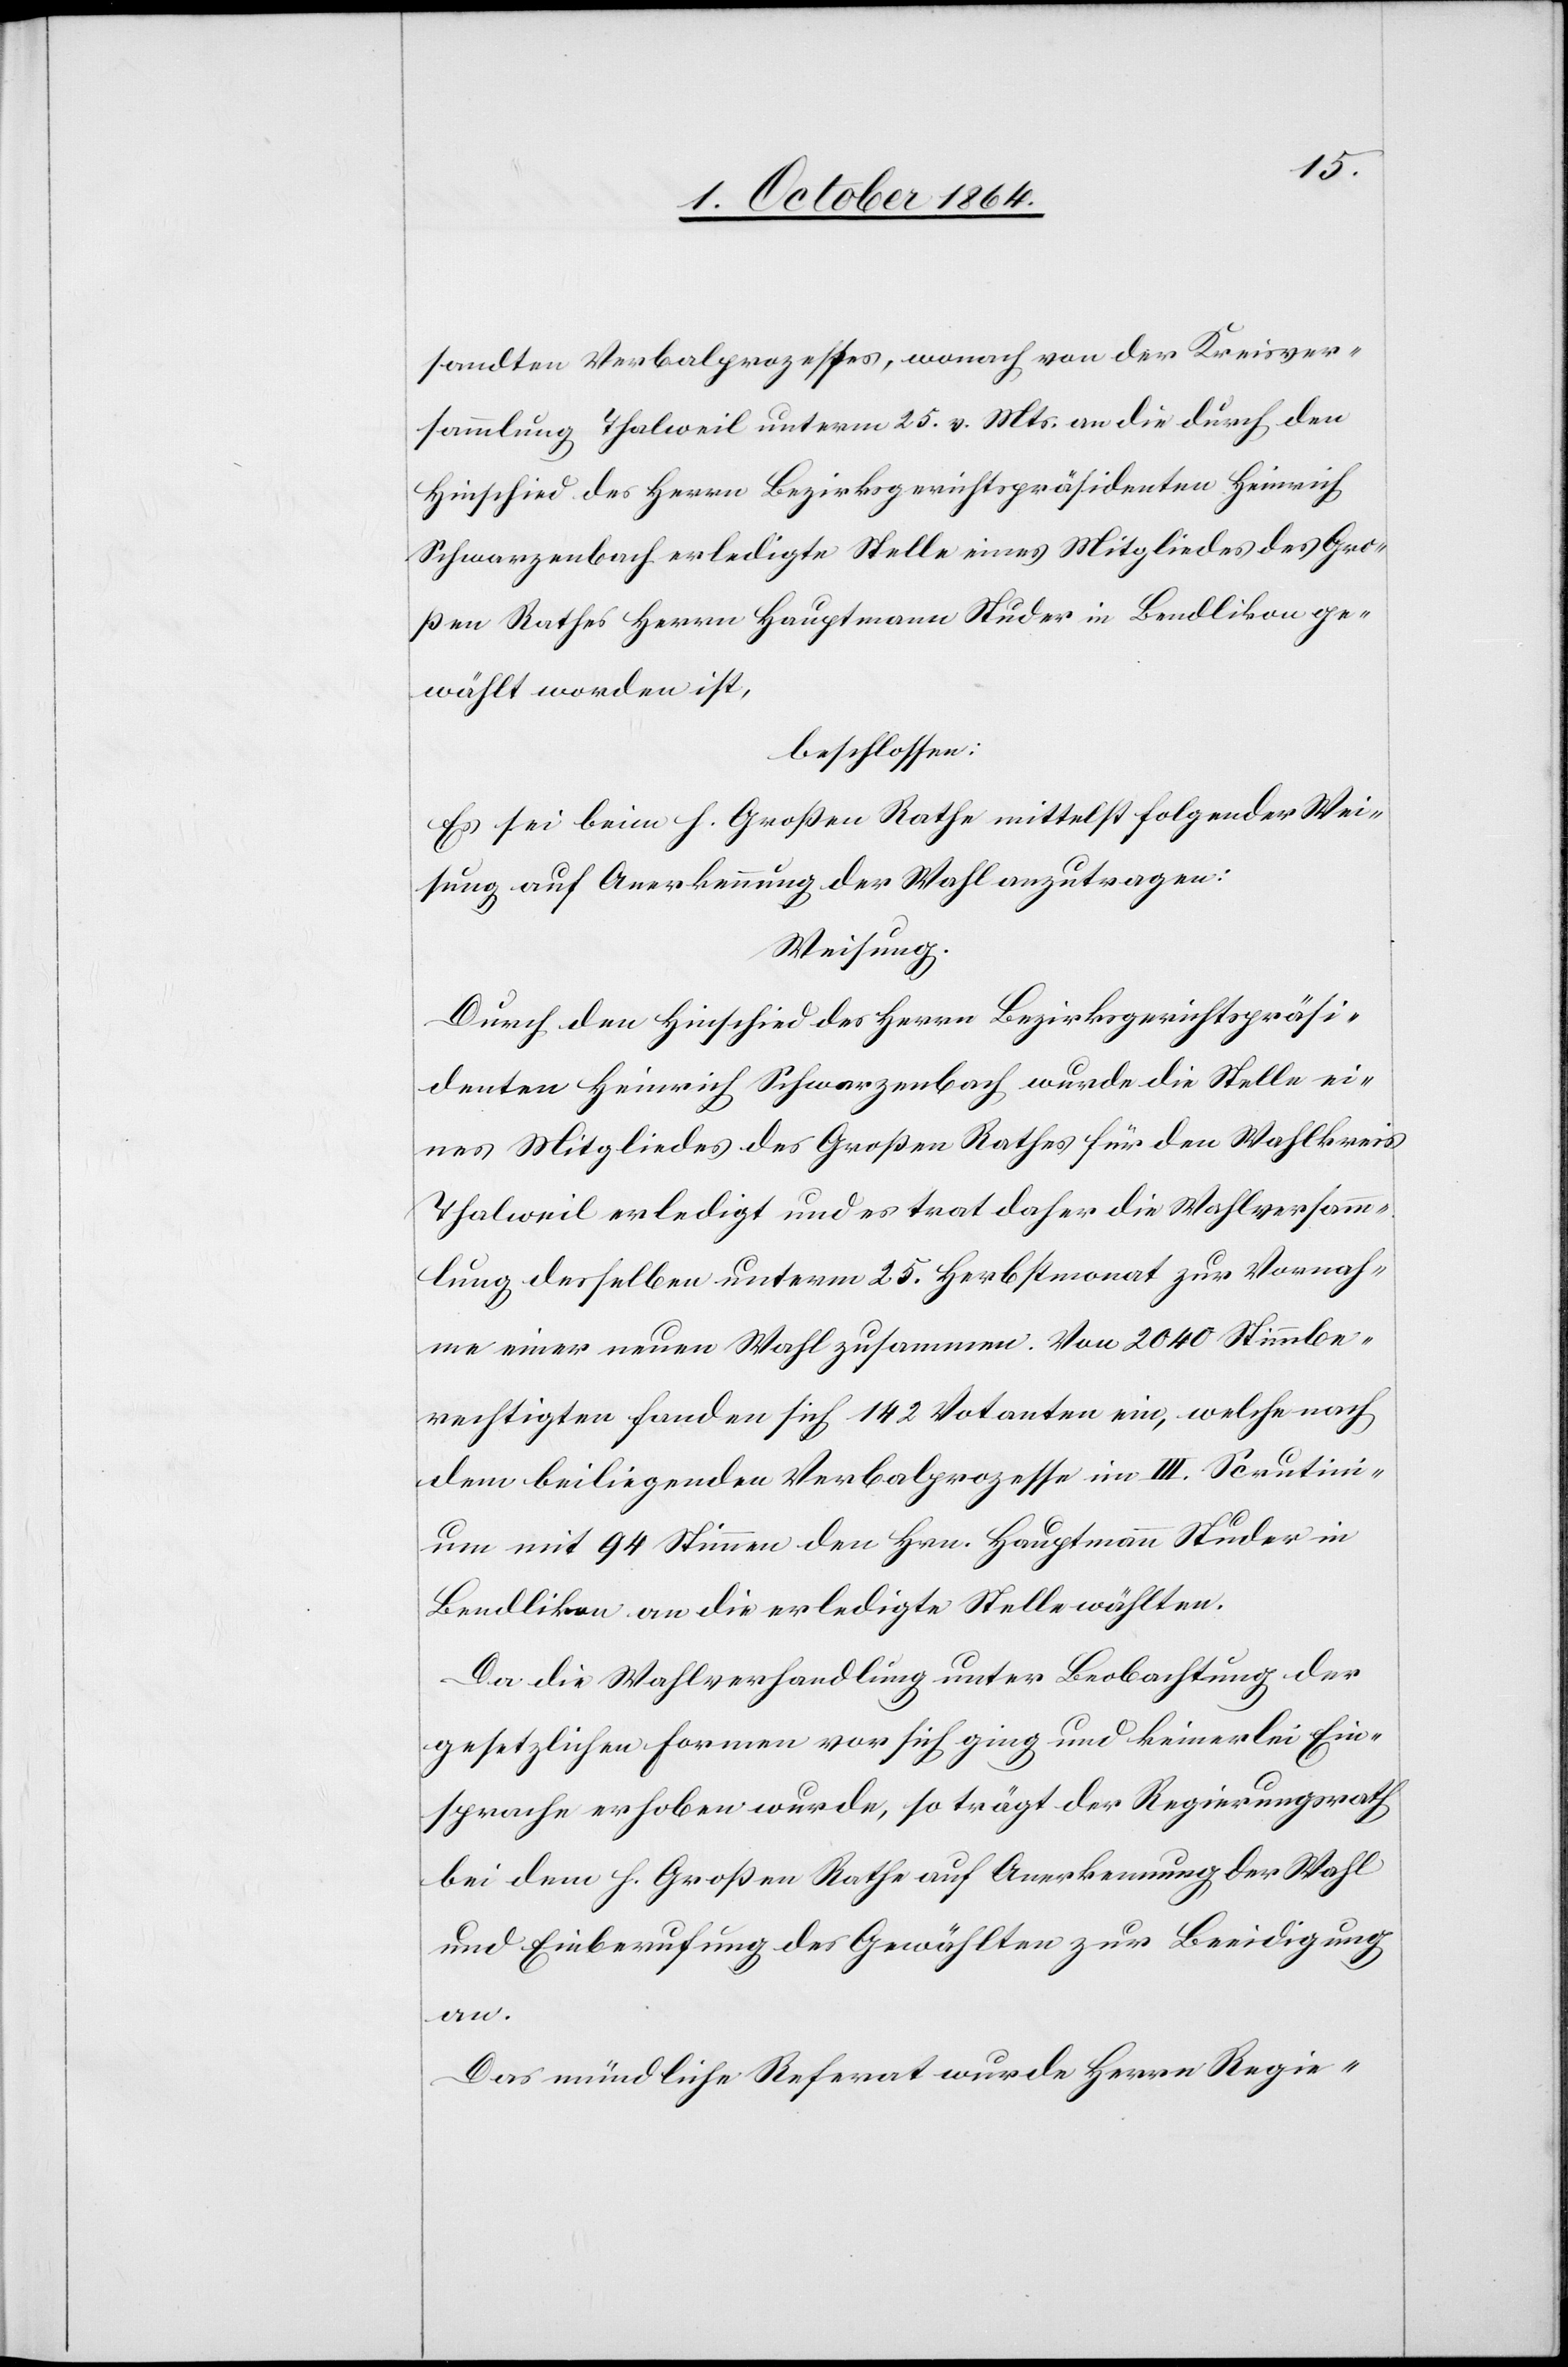
sandten Verbalprozesses, wonach von der Kreisver¬
sammlung Thalweil unterm 25. v. Mts. an die durch den
Hinschied des Herrn Bezirksgerichtspräsidenten Heinrich
Schwarzenbach erledigte Stelle eines Mitgliedes des Gro¬
ßen Rathes Herrn Hauptmann Studer in Bendlikon ge¬
wählt worden ist,
beschlossen:
Es sei beim h. Großen Rahe mittelst folgender Wei¬
sung auf Anerkennung der Wahl anzutragen:
Weisung:
Durch den Hinschied des Herrn Bezirksgerichtspräsi¬
denten Heinrich Schwarzenbach wurde die Stelle ei¬
nes Mitgliedes des Großen Rathes für den Wahlkreis
Thalweil erledigt und es trat daher die Wahlversamm¬
lung desselben unterm 25 Herbstmonat zur Vornah¬
me einer neuen Wahl zusammen. Von 2 040 Stimmbe¬
rechtigten fanden sich 142 Votanten ein, welche nach
dem beiliegenden Verbalprozesse im III. Scrutini¬
um mit 94 Stimmen den Hrn. Hauptmann Studer in
Bendlikon an die erledigte Stelle wählten.
Da die Wahlverhandlung unter Beobachtung der
gesetzlichen Formen vor sich ging und keinerlei Ein¬
sprache erhoben wurde, so trägt der Regierungsrath
bei dem h. Großen Rathe auf Anerkennung der Wahl
und Einberufung der Gewählten zur Beeidigung
an.
Das mündliche Referat wurde Herrn Regie-